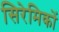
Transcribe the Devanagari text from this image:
सिरेमिकों